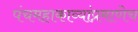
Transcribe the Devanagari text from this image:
पंचमहाकाव्यांप्रमाणेच